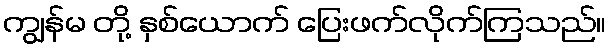
ကျွန်မ တို့ နှစ်ယောက် ပြေးဖက်လိုက်ကြသည်။